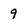
Character: 9